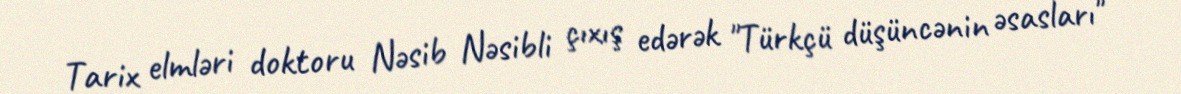
Tarix elmləri doktoru Nəsib Nəsibli çıxış edərək "Türkçü düşüncənin əsasları"